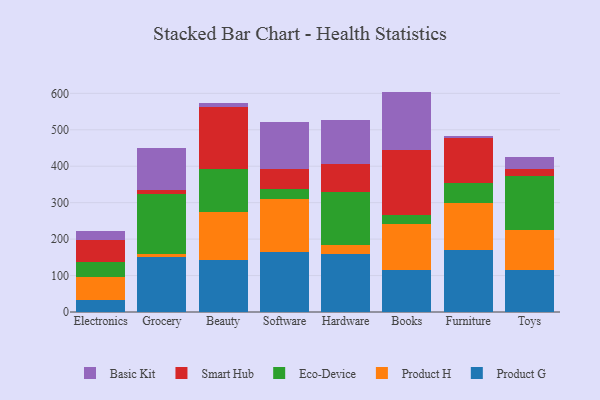
{"axis": {"x": "Category", "y": "Market Share (%)"}, "legend": ["Basic Kit", "Eco-Device", "Product G", "Product H", "Smart Hub"], "data": [{"x": "Electronics", "y": 34.2, "type": "Product G"}, {"x": "Electronics", "y": 60.6, "type": "Product H"}, {"x": "Electronics", "y": 42.0, "type": "Eco-Device"}, {"x": "Electronics", "y": 60.1, "type": "Smart Hub"}, {"x": "Electronics", "y": 26.5, "type": "Basic Kit"}, {"x": "Grocery", "y": 150.6, "type": "Product G"}, {"x": "Grocery", "y": 9.8, "type": "Product H"}, {"x": "Grocery", "y": 163.5, "type": "Eco-Device"}, {"x": "Grocery", "y": 9.9, "type": "Smart Hub"}, {"x": "Grocery", "y": 116.4, "type": "Basic Kit"}, {"x": "Beauty", "y": 143.4, "type": "Product G"}, {"x": "Beauty", "y": 130.5, "type": "Product H"}, {"x": "Beauty", "y": 118.1, "type": "Eco-Device"}, {"x": "Beauty", "y": 169.9, "type": "Smart Hub"}, {"x": "Beauty", "y": 12.3, "type": "Basic Kit"}, {"x": "Software", "y": 165.6, "type": "Product G"}, {"x": "Software", "y": 145.2, "type": "Product H"}, {"x": "Software", "y": 27.6, "type": "Eco-Device"}, {"x": "Software", "y": 54.3, "type": "Smart Hub"}, {"x": "Software", "y": 129.2, "type": "Basic Kit"}, {"x": "Hardware", "y": 158.9, "type": "Product G"}, {"x": "Hardware", "y": 23.9, "type": "Product H"}, {"x": "Hardware", "y": 146.4, "type": "Eco-Device"}, {"x": "Hardware", "y": 76.7, "type": "Smart Hub"}, {"x": "Hardware", "y": 120.6, "type": "Basic Kit"}, {"x": "Books", "y": 114.6, "type": "Product G"}, {"x": "Books", "y": 127.4, "type": "Product H"}, {"x": "Books", "y": 24.7, "type": "Eco-Device"}, {"x": "Books", "y": 177.8, "type": "Smart Hub"}, {"x": "Books", "y": 160.3, "type": "Basic Kit"}, {"x": "Furniture", "y": 169.0, "type": "Product G"}, {"x": "Furniture", "y": 131.4, "type": "Product H"}, {"x": "Furniture", "y": 54.8, "type": "Eco-Device"}, {"x": "Furniture", "y": 122.8, "type": "Smart Hub"}, {"x": "Furniture", "y": 5.2, "type": "Basic Kit"}, {"x": "Toys", "y": 114.9, "type": "Product G"}, {"x": "Toys", "y": 110.8, "type": "Product H"}, {"x": "Toys", "y": 147.3, "type": "Eco-Device"}, {"x": "Toys", "y": 19.9, "type": "Smart Hub"}, {"x": "Toys", "y": 33.5, "type": "Basic Kit"}]}